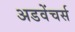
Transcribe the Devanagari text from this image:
अडवेंचर्स